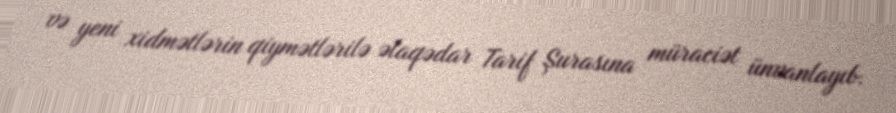
və yeni xidmətlərin qiymətlərilə əlaqədar Tarif Şurasına müraciət ünvanlayıb.